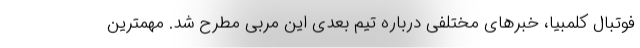
فوتبال کلمبیا، خبرهای مختلفی درباره تیم بعدی این مربی مطرح شد. مهمترین